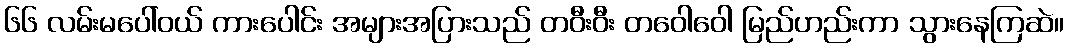
၆၆ လမ်းမပေါ်ဝယ် ကားပေါင်း အများအပြားသည် တဝီးဝီး တဝေါဝေါ မြည်ဟည်းကာ သွားနေကြဆဲ။